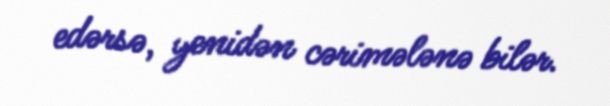
edərsə, yenidən cərimələnə bilər.